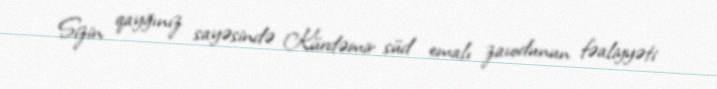
Sizin qayğınız sayəsində Kürdəmir süd emalı zavodunun fəaliyyəti